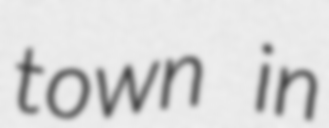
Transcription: town in